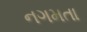
નગમતા